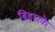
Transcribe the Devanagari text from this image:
बिहारके